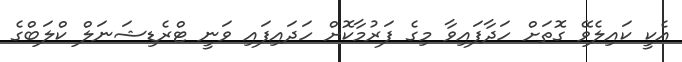
އެކީ ކައިލެވޭ ގޮތަށް ހަދާފައިވާ މިގެ ފަރުމާކޮށް ހަދައިފައި ވަނީ ޓްރެޑިޝަނަލް ކްލަބްގެ